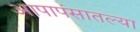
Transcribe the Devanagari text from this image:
आपापंसातल्या